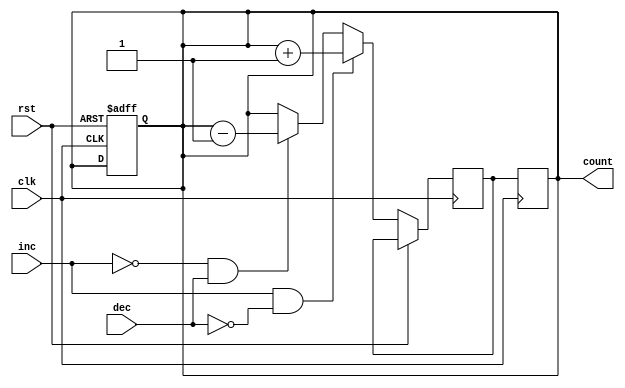
module gray_counter (
  input wire clk,
  input wire rst,
  input wire inc,
  input wire dec,
  output reg [3:0] count
);

reg [3:0] next_count;

always @ (posedge clk or posedge rst) begin
  if (rst) begin
    count <= 4'b0000;
  end else begin
    if (inc && ~dec) begin
      next_count <= count + 4'b0001;
    end else if (~inc && dec) begin
      next_count <= count - 4'b0001;
    end else begin
      next_count <= count;
    end
  end
end

always @ (posedge clk) begin
  count <= next_count;
end

endmodule